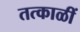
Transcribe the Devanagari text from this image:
तत्काळीं